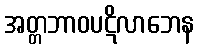
အတ္တဘာဝပဋိလာဘေန